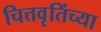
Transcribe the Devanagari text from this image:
चित्तवृतिंच्या